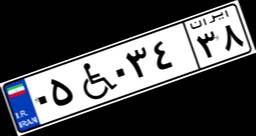
۰۵W۰۳۴۳۸